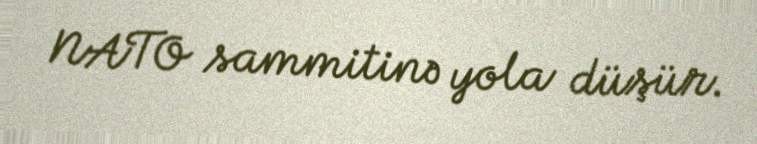
NATO sammitinə yola düşür.